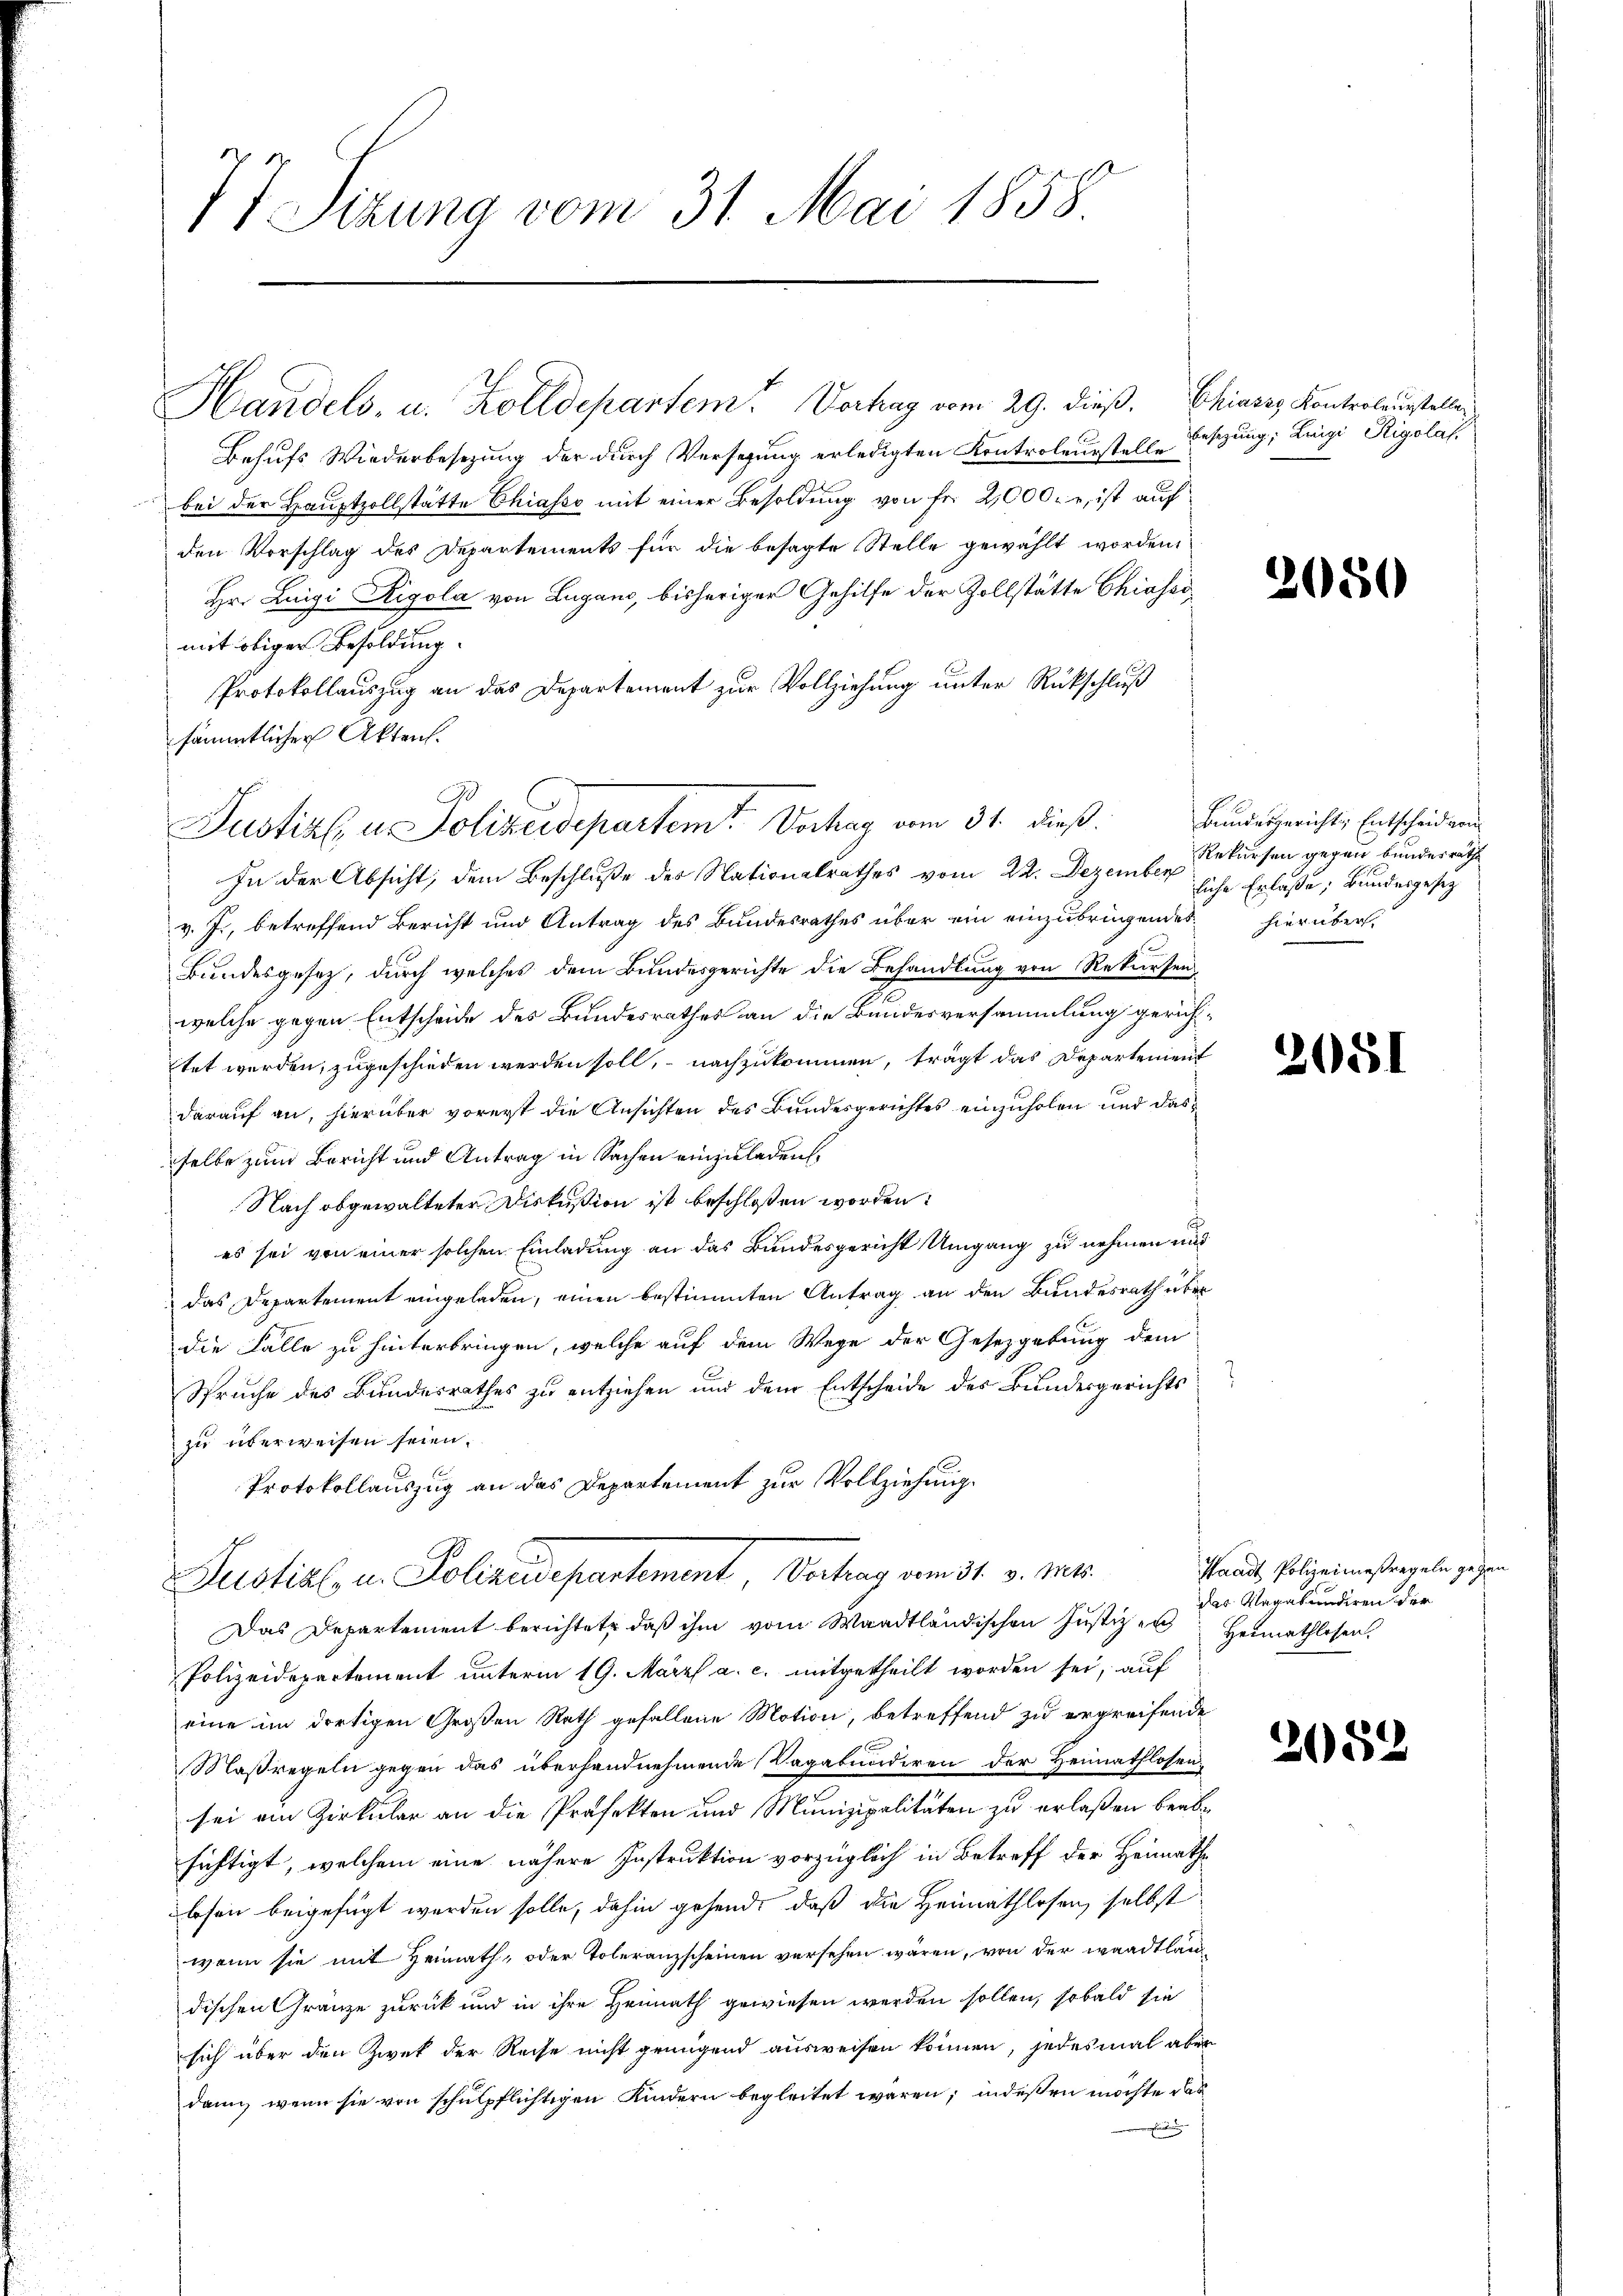
77 Sizung vom 31. Mai 1858

Behufs Wiederbesezung der durch Versezung erledigten Kontroleurstelle
bei der Hauptzollstätte Chiasso mit einer Besoldung von fr. 2,000. r, ist auf
den Vorschlag des Departements für die besagte Stelle gewählt worden
Hr. Luigi Rigola von Lugano, bisheriger Gehilfe der Zollstätte Chiassi
mit obiger Besoldung.
Protokollauszug an das Departement zur Vollziehung unter Rückschluß
sämmtlicher Akten.
In der Absicht, dem Beschluße des Nationalrathes vom 22. Dezember
v. J., betreffend Bericht und Antrag des Bundesrathes über ein einzubringendes hierüber.
Bundesgesetz, durch welches dem Bundesgerichte die Behandlung von Rekursenwelche gegen Entscheide des Bundesrathes an die Bundesversammlung gerichtet werden, zugeschieden werden soll, nachzukommen, trägt das Departement
darauf an, hierüber vorerst die Ansichten des Bundesgerichtes einzuholen und das
selbe zum Bericht und Antrag in Sachen einzuladen,
Nach abgewalteter Diskußion ist beschloßen worden:
es sei von einer solchen Einladung an das Bundesgericht Umgang zu nehmen und
das Departement eingeladen, einen bestimmten Antrag an den Bundesrath über
die Falle zu hinterbringen, welche auf dem Wege der Gesetzgebung dem
Spruche des Bundesrathes zu entziehen und dem Entscheide des Bundesgerichts
zu überweisen seien.
Protokollauszug an das Departement zur Vollziehung.
s
Justial u. Polizeidepartement, Vortrag vom 31. v. Mts.
Das Departement berichtet, daß ihm vom Waadtländischen Justizen Heimathlosen.
Polizeidepartement unterm 19. März a. c. mitgetheilt worden sei, auf
eine im dortigen Großen Rath gefallene Motion, betreffend zu ergreifende
Maßregeln gegen das überhandnehmende Vagabunderen der Heimathlosensei ein Zirkular an die Profekten und Munizipalitäten zu erlaßen beabsichtigt, welchem eine nähere Instruktion vorzüglich in Betreff der Heimathlesen beigefügt werden solle, dahin gehend daß die Heimathlosen, selbst
wenn sie mit Heimath- oder Toleranzscheinen versehen wären, von der waadtlän
dischen Gränze zurück und in ihre Heimath gewiesen werden sollen, sobald sie
sich über den Zwek der Reise nicht grungend ausweisen können, jedesmal aber
dann, wenn sie von schulpflichtigen Kindern begleitet wären; indessen möchte das

Justiz u. Polizeidepartemt. Vorhag vom 31. dieß.

Handels- u. Kolldepartem Vertrag vom 29. dieß. Chiares Kontroleurstelle

besezung; Luigi Rigolat.

2650

Bundesgericht, Entscheid von
Rekursen gegen bundesrathe
liche Erlaße, Bundesgesetz

2051

Waadt Polizeimesregeln gegen
das Vagabundiren der

2052